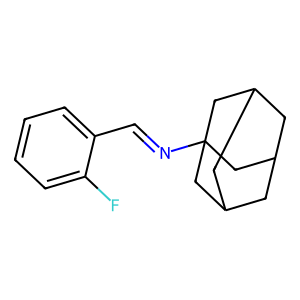
SMILES: Fc1ccccc1C=NC12CC3CC(CC(C3)C1)C2
Inhibits HIV replication: No